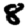
Digit: 8